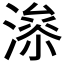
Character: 𱨤